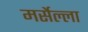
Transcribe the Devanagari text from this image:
मर्सेल्ला